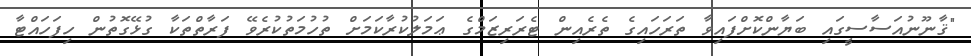
"ޤާނޫނުއަސާސީގައި ބަޔާންކޮށްފައިވާ ތަރަހައިގެ ތެރެއިން ޓެރަރިޒަމްގެ ޢަމަލުކުރާކަމަށް ތުހުމަތުކުރެވޭ ފަރާތްތަކާ ގުޅޭގޮތުން ހިފަހައްޓާ